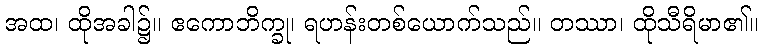
အထ၊ ထိုအခါ၌။ ဧကောဘိက္ခု၊ ရဟန်းတစ်ယောက်သည်။ တဿာ၊ ထိုသီရိမာ၏။